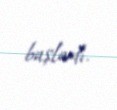
başladı.